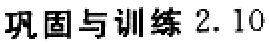
巩固与训练 2.10